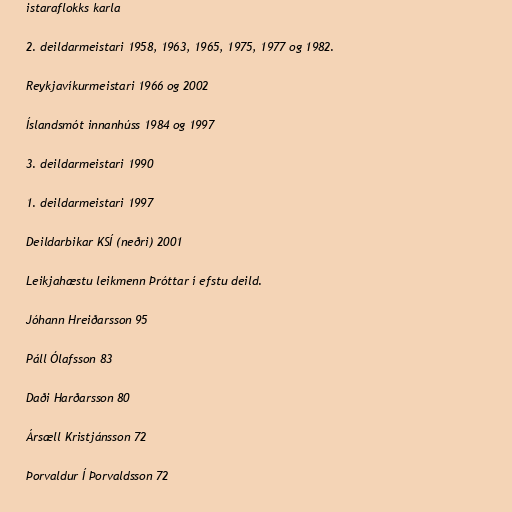
istaraflokks karla

2. deildarmeistari 1958, 1963, 1965, 1975, 1977 og 1982.

Reykjavíkurmeistari 1966 og 2002

Íslandsmót innanhúss 1984 og 1997

3. deildarmeistari 1990

1. deildarmeistari 1997

Deildarbikar KSÍ (neðri) 2001

Leikjahæstu leikmenn Þróttar í efstu deild.

Jóhann Hreiðarsson 95

Páll Ólafsson 83

Daði Harðarsson 80

Ársæll Kristjánsson 72

Þorvaldur Í Þorvaldsson 72